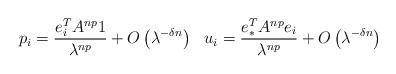
LaTeX: \begin{align*}p_i = \frac{e_i^T A^{np} 1}{\lambda^{np}} + O\left( \lambda^{-\delta n}\right) \ \ u_i = \frac{e_\ast^T A^{np}e_i}{\lambda^{np}} + O\left( \lambda^{-\delta n}\right)\end{align*}